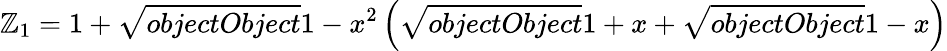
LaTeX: \mathbb{Z}_{1}=1+{\sqrt{{{objectObject}}}{{1-x^{2}}}}\left({\sqrt{{{objectObject}}}{{1+x}}}+{\sqrt{{{objectObject}}}{{1-x}}}\right)